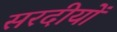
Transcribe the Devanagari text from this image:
सरदीयों